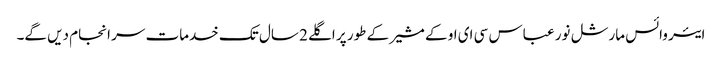
ایئر وائس مارشل نور عباس سی ای او کے مشیر کے طور پر اگلے 2 سال تک خدمات سر انجام دیں گے۔